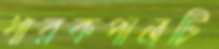
ধারকপাত্রটি